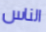
الناس